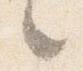
之